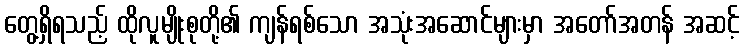
တွေ့ရှိရသည့် ထိုလူမျိုးစုတို့၏ ကျန်ရစ်သော အသုံးအဆောင်များမှာ အတော်အတန် အဆင့်